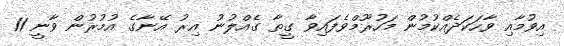
އިވުމާއި ވާހަކަދެއްކުމުން މަހުރޫމްވެފައިވާ ގީތާ ގެއްލުނު އިރު އޭނާގެ އުމުރުން ވާނީ 11